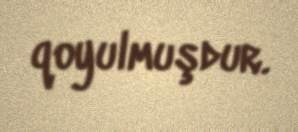
qoyulmuşdur.